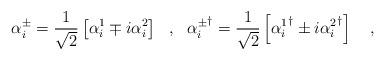
LaTeX: \begin{align*}\alpha^\pm_i=\frac{1}{\sqrt{2}}\left[\alpha^1_i\mp i\alpha^2_i\right]\ \ ,\ \ {\alpha^\pm_i}^\dagger=\frac{1}{\sqrt{2}}\left[{\alpha^1_i}^\dagger\pm i{\alpha^2_i}^\dagger\right]\ \ \ ,\end{align*}